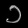
Digit: ၁